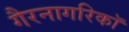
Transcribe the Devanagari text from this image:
गैरनागरिकॉ